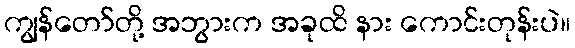
ကျွန်တော်တို့ အဘွားက အခုထိ နား ကောင်းတုန်းပဲ။